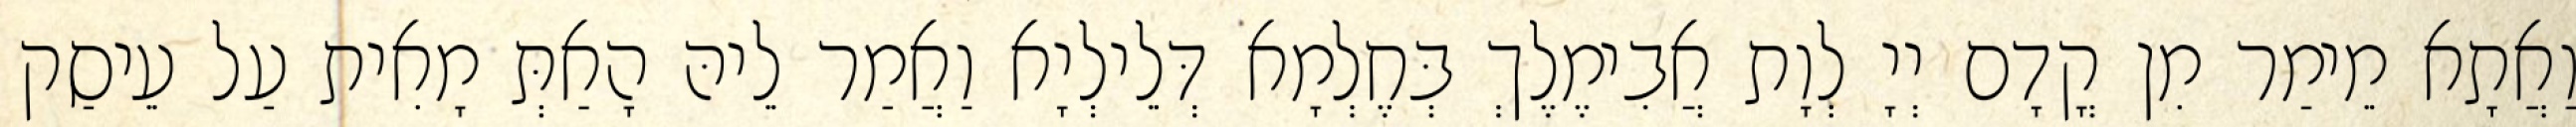
וַאֲתָא מֵימַר מִן קֳדָם יְיָ לְוָת אֲבִימֶלֶךְ בְּחֶלְמָא דְּלֵילְיָא וַאֲמַר לֵיהּ הָאַתְּ מָאִית עַל עֵיסַק